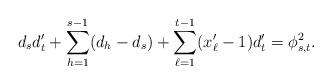
LaTeX: \begin{align*}d_{s}d'_{t}+\sum_{h=1}^{s-1}(d_{h}-d_{s})+ \sum_{\ell=1}^{t-1}(x'_{\ell}-1)d'_{t} = \phi^{2}_{s,t}.\end{align*}